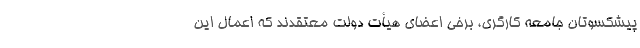
پیشکسوتان جامعه کارگری، برخی اعضای هیأت دولت معتقدند که اعمال این